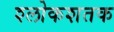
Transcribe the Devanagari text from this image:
श्लोकशतक